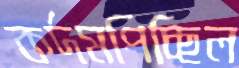
কর্দমপিচ্ছিল